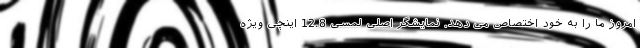
امروز ما را به خود اختصاص می دهد. نمایشگر اصلی لمسی 12.8 اینچی ویژه